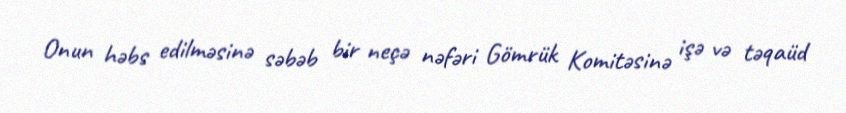
Onun həbs edilməsinə səbəb bir neçə nəfəri Gömrük Komitəsinə işə və təqaüd